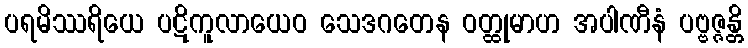
ပရမိဿရိယေ ပဋိကူလာယေဝ သေဒဂတေန ဝတ္ထုမာဟ အပါဏီနံ ပဗ္ဗဇ္ဇန္တိ